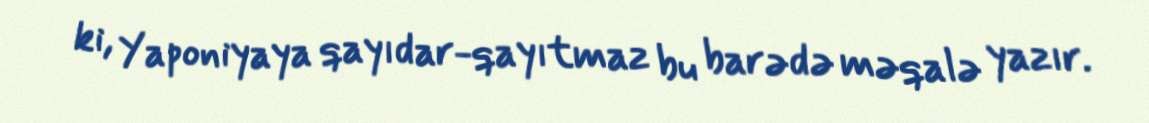
ki, Yaponiyaya qayıdar-qayıtmaz bu barədə məqalə yazır.